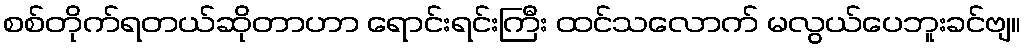
စစ်တိုက်ရတယ်ဆိုတာဟာ ရောင်းရင်းကြီး ထင်သလောက် မလွယ်ပေဘူးခင်ဗျ။